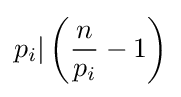
p_{i}|\left({n \over p_{i}}-1\right)